Indian journal of veterinary science and animal husbandry - Volume 6,
Year: 1936
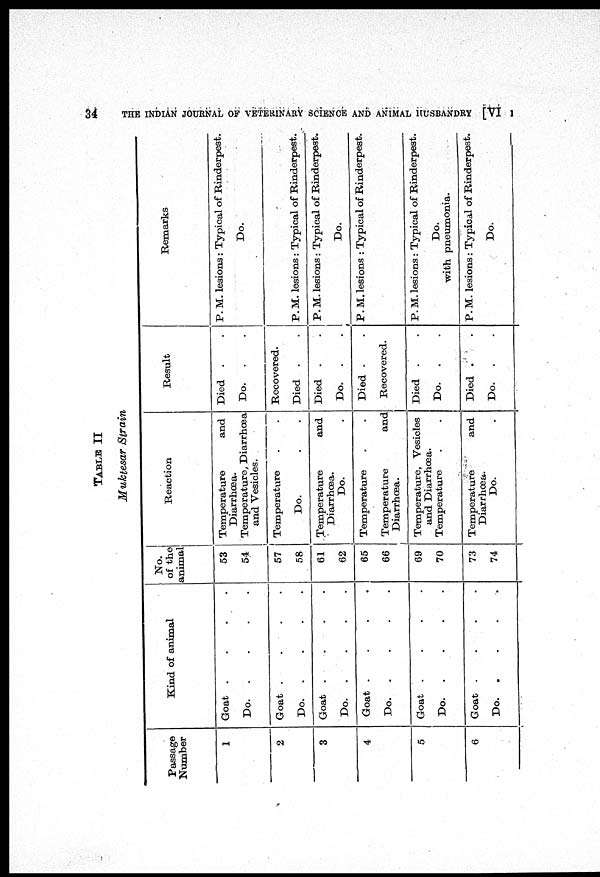
34
THE INDIAN JOURNAL OF VETERINARY SCIENCE AND ANIMAL HUSBANDRY [VI
I
TABLE II
Muktesar Strain
Passage
Number
1
2
3
4
5
6
Kind of animal
Goat . . . .
Do.
.
.
.
.
Goat
.
.
.
.
Do.
.
.
.
.
Goat . . . .
Do. . . . .
Goat
.
.
.
.
Do.
.
.
.
.
Goat . . . .
Do.
.
.
.
.
Goat . . . .
Do.
.
.
.
.
No.
of the
animal
53
54
57
58
61
62
65
66
69
70
73
74
Reaction
Temperature and
Diarrhœa.
Temperature, Diarrhœa
and Vesicles.
Temperature
.
.
Do.
.
.
Temperature and
Diarrhœa.
Do. .
Temperature
.
.
Temperature and
Diarrhœa.
Temperature, Vesicles
and Diarrhœa.
Temperature
.
.
Temperature and
Diarrhœa.
Do.
.
Result
Died . .
Do. . .
Recovered.
Died . .
Died . .
Do. . .
Died . .
Recovered.
Died . .
Do. . .
Died . .
Do. . .
Remarks
P. M. lesions: Typical of Rinderpest.
Do.
P. M. lesions: Typical of Rinderpest.
P. M. lesions: Typical of Rinderpest.
Do.
P.M. lesions : Typical of Rinderpest.
P. M. lesions: Typical of Rinderpest.
Do.
with pneumonia.
P. M. lesions : Typical of Rinderpest.
Do.